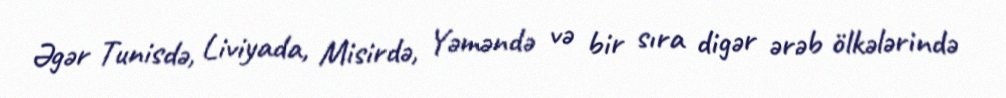
Əgər Tunisdə, Liviyada, Misirdə, Yəməndə və bir sıra digər ərəb ölkələrində